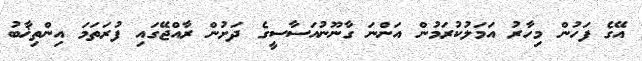
އޭގެ ފަހުން މިހާރު އަމަލުކުރަމުން އަންނަ ގާނޫނުއަސާސީގެ ދަށުން ރާއްޖޭގައި ފުރަތަމަ އިންތިޚާބު